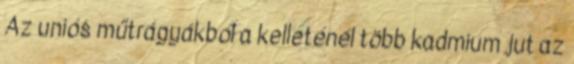
Az uniós műtrágyákból a kelleténél több kadmium jut az